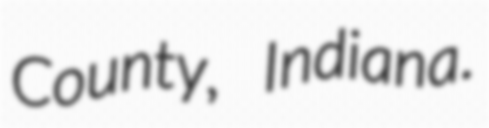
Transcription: County, Indiana.